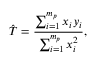
\hat { T } = \frac { \sum _ { i = 1 } ^ { m _ { p } } x _ { i } y _ { i } } { \sum _ { i = 1 } ^ { m _ { p } } x _ { i } ^ { 2 } } ,